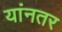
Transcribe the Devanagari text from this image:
यांनतर